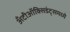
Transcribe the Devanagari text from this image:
अँटीऑक्सिडंट्समध्ये